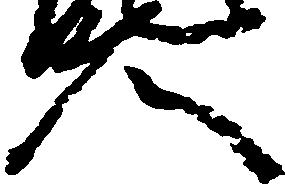
久